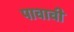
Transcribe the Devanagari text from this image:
पावावी